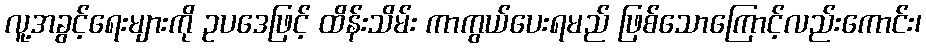
လူ့အခွင့်ရေးများကို ဥပဒေဖြင့် ထိန်းသိမ်း ကာကွယ်ပေးရမည် ဖြစ်သောကြောင့်လည်းကောင်း၊